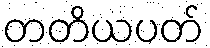
တတိယပတ်